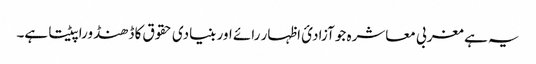
یہ ہے مغربی معاشرہ جو آزادیٔ اظہار رائے اور بنیادی حقوق کا ڈھنڈورا پیٹتا ہے۔